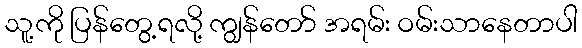
သူ့ကို ပြန်တွေ့ရလို့ ကျွန်တော် အရမ်း ဝမ်းသာနေတာပါ